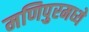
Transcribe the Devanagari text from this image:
मणिपुरमध्ये